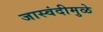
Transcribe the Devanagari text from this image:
जास्वंदीमुळे